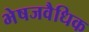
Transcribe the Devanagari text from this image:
भेषजवैधिक